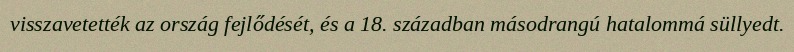
visszavetették az ország fejlődését, és a 18. században másodrangú hatalommá süllyedt.